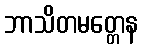
ဘာသိတမတ္တေန